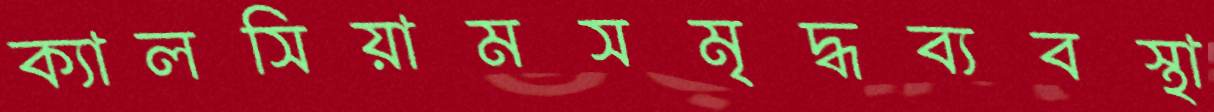
ক্যালসিয়ামসমৃদ্ধব্যবস্থা